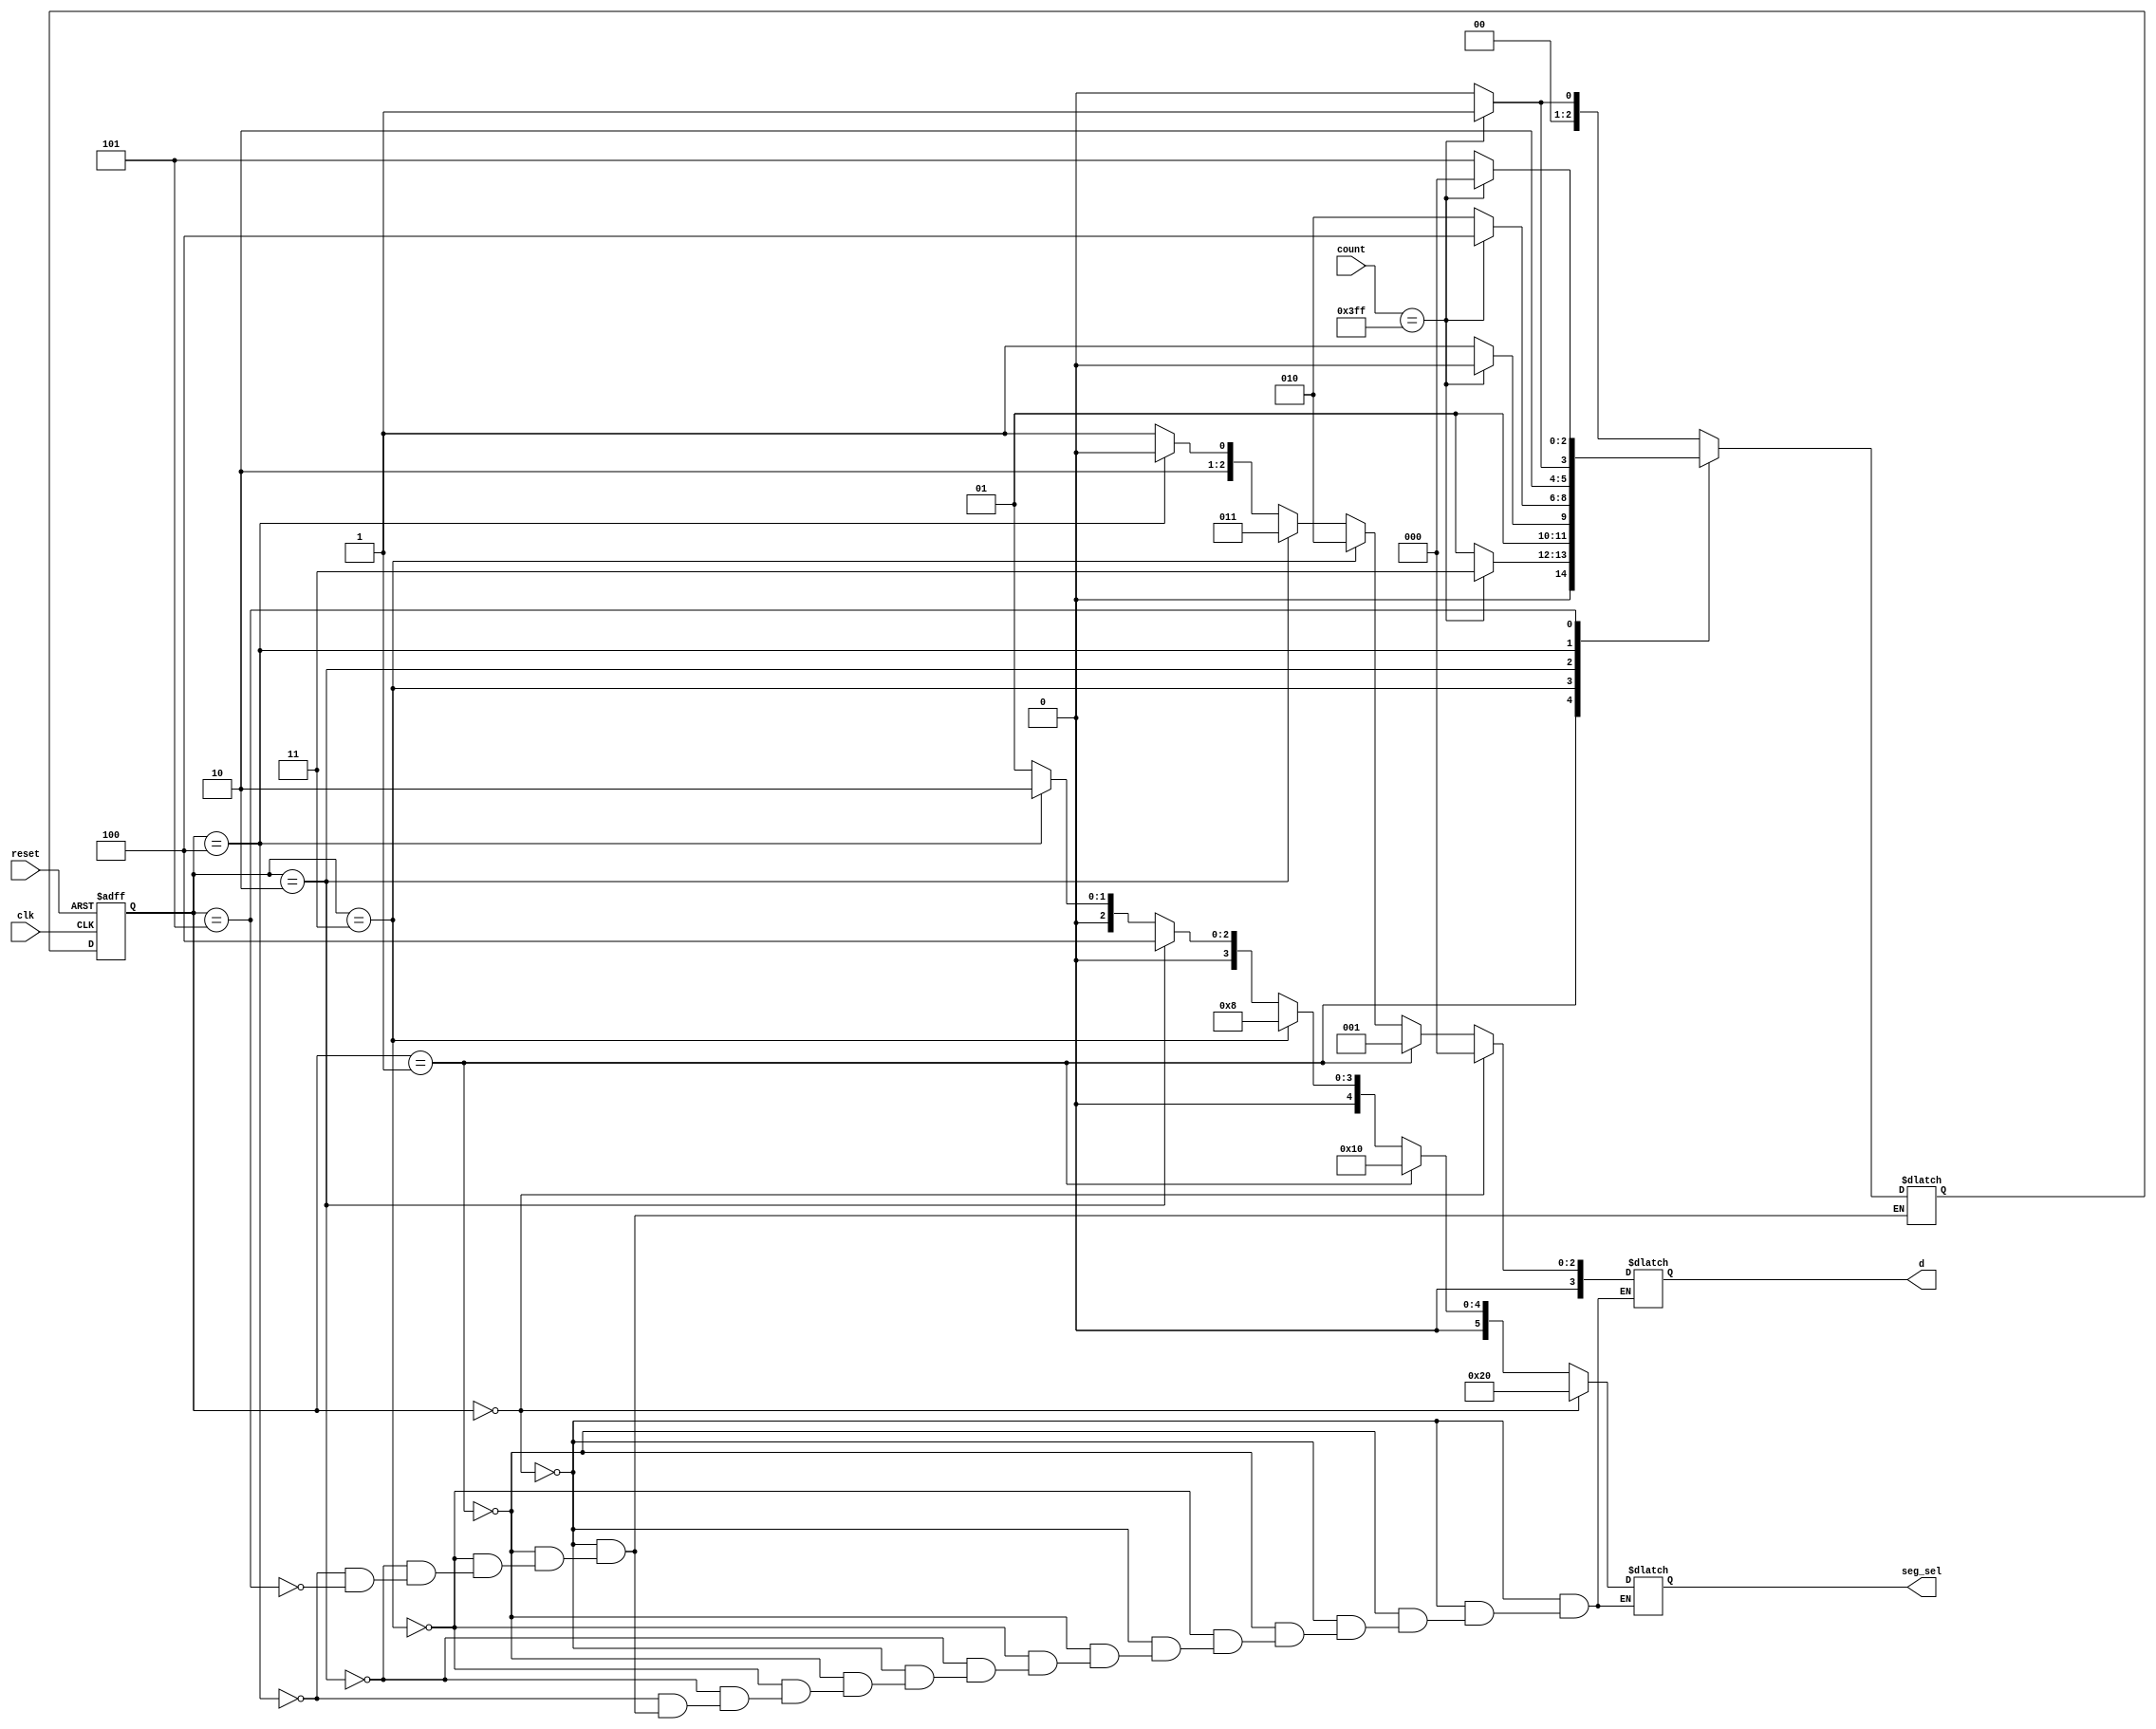
module fsm(clk, reset, count,
           d, seg_sel);
  
  input clk;
  input reset;
  input [9:0] count;
  output reg [3:0] d;
  output reg [5:0] seg_sel;
  
  reg [2:0] state, next_state;
  parameter S0 = 3'b000;
  parameter S1 = 3'b001;
  parameter S2 = 3'b011;
  parameter S3 = 3'b010;
  parameter S4 = 3'b100;
  parameter S5 = 3'b101;
  
  always @ (posedge clk or posedge reset) begin
    if (reset)
      state <= S0;
    else
      state <= next_state;
  end
  
  always @ (state or count) begin
    case (state)
      S0:
        if (count == 10'h3FF)
          next_state = S1;
      	else
          next_state = S0;
      S1:
        if (count == 10'h3FF)
          next_state = S2;
      	else
          next_state = S1;
      S2:
        if (count == 10'h3FF)
          next_state = S3;
      	else
          next_state = S2;
      S3:
        if (count == 10'h3FF)
          next_state = S4;
      	else
          next_state = S3;
      S4:
        if (count == 10'h3FF)
          next_state = S5;
      	else
          next_state = S4;
      S5:
        if (count == 10'h3FF)
          next_state = S0;
      	else
          next_state = S5;
    endcase
  end
  
  always @ (state) begin
    if (state == S0) begin
      seg_sel = 6'h20;
      d = 4'h0;
    end
    else if (state == S1) begin
      seg_sel = 6'h10;
      d = 4'h1;
    end
    else if (state == S2) begin
      seg_sel = 6'h08;
      d = 4'h2;
    end
    else if (state == S3) begin
      seg_sel = 6'h04;
      d = 4'h3;
    end
    else if (state == S4) begin
      seg_sel = 6'h02;
      d = 4'h4;
    end
    else if (state == S5) begin
      seg_sel = 6'h01;
      d = 4'h5;
    end
  end
  
endmodule